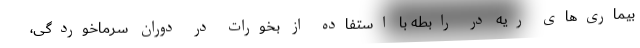
بیماری‌های ریه در رابطه با استفاده از بخورات در دوران سرماخوردگی،